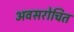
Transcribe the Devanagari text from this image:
अवसरोचित